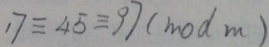
1 7 \equiv 4 5 \equiv 9 7 ( m o d m )